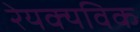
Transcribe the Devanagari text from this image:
रेयक्यविक